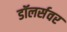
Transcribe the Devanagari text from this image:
डॉलर्सवर